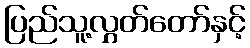
ပြည်သူ့လွှတ်တော်နှင့်